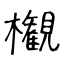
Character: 𣠤